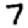
Digit: 7